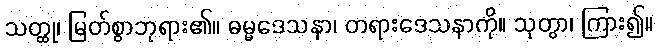
သတ္ထု၊ မြတ်စွာဘုရား၏။ ဓမ္မဒေသနာ၊ တရားဒေသနာကို။ သုတွာ၊ ကြား၍။